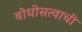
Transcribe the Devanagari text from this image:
बोधीसत्वाची